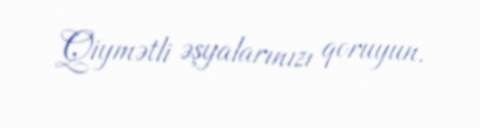
Qiymətli əşyalarınızı qoruyun.